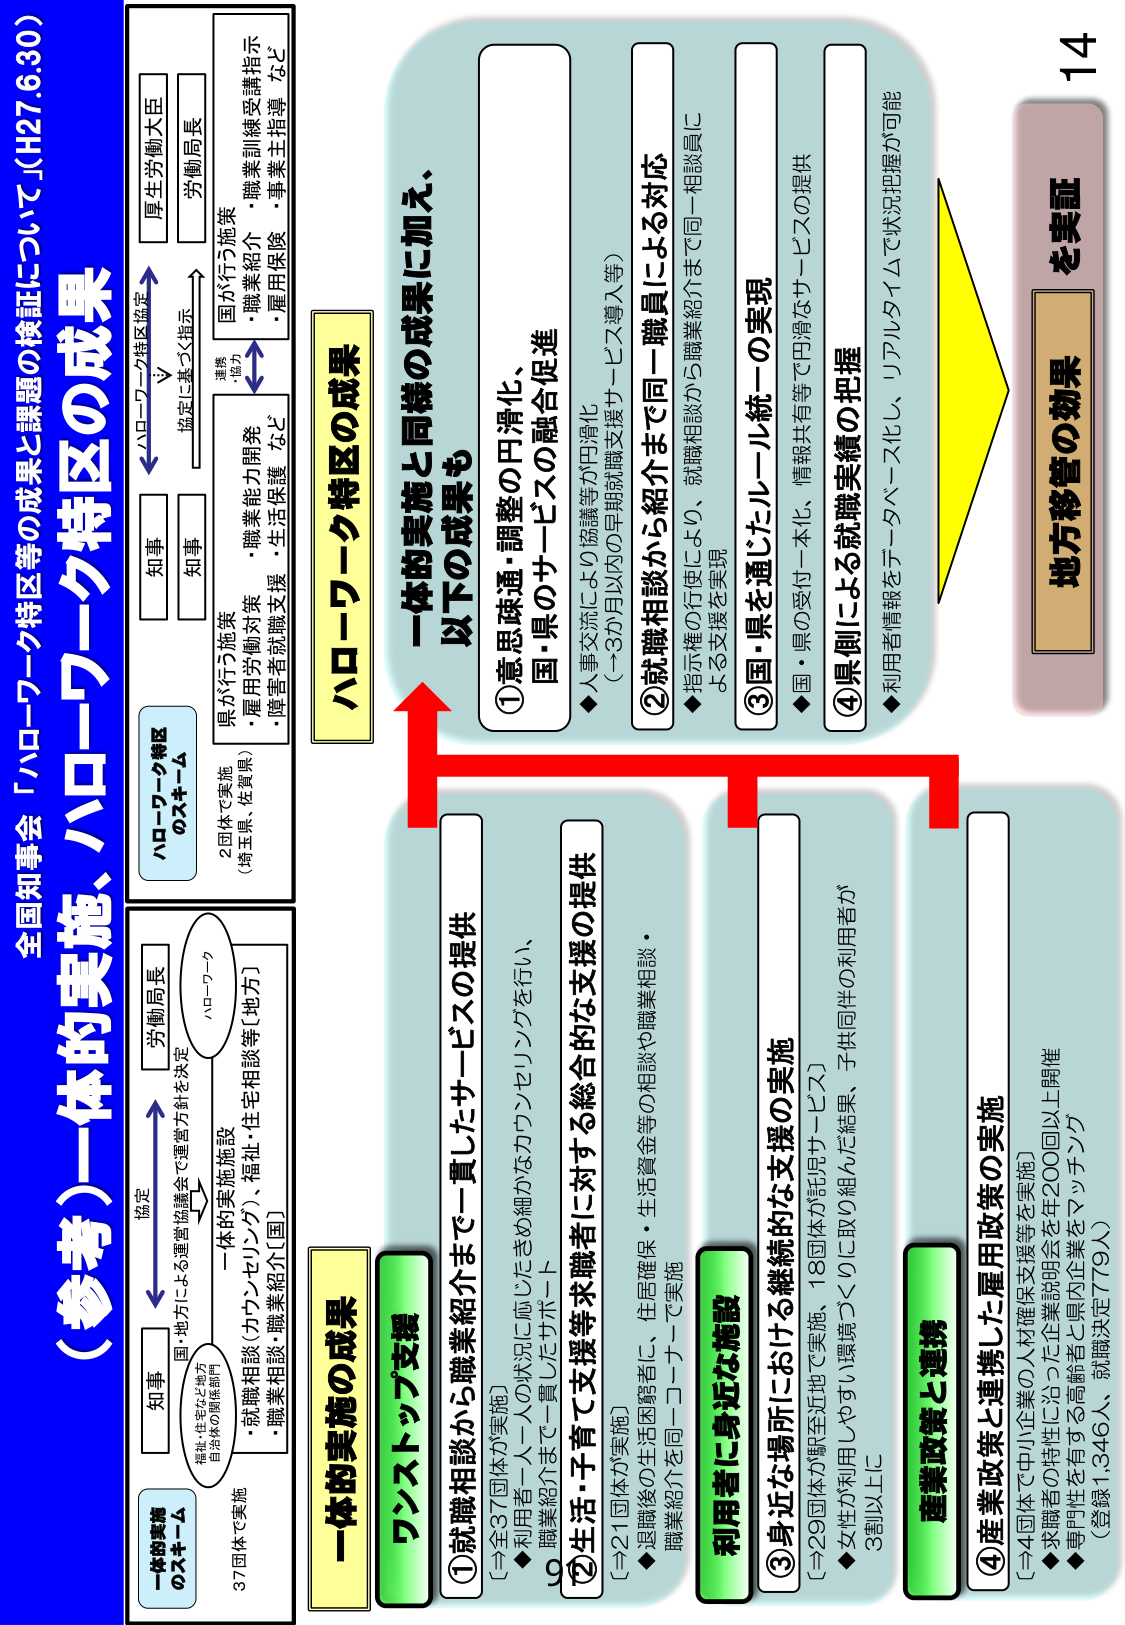
全国知事会「ハローワーク特区等の成果と課題の検証について」（H27.6.30）

（参考）一体的実施、ハローワーク特区の成果

一体的実施
のスキーム

37団体で実施
福祉・住宅など地方
自治体の関係部門

国・地方による運営協議会で運営方針を決定

知事
労働局長

ハローワーク

一体的実施施設
・就職相談（カウンセリング）、福祉・住宅相談等（地方）
・職業相談・職業紹介（国）

ハローワーク特区
のスキーム

2団体で実施
（埼玉県・佐賀県）

知事
知事

ハローワーク特区協定
協定に基づく指示

厚生労働大臣
労働局長

県が行う施策
・雇用労働対策・職業能力開発
・障害者就職支援・生活保護 など

国が行う施策
・職業紹介・職業訓練受講指示
・雇用保険・事業主指導 など

連携
・協力

一体的実施の成果

ワンストップ支援

①就職相談から職業紹介まで一貫したサービスの提供
〔→全37団体が実施〕
◆利用者一人一人の状況に応じたきめ細かなカウンセリングを行い、
職業紹介まで一貫したサポート

②生活・子育て支援等求職者に対する総合的な支援の提供
〔→21団体が実施〕
◆退職後の生活困窮者に、生活確保・住居確保・生活資金等の相談や職業相談・
職業紹介を同一コーナーで実施

利用者に身近な施設

③身近な場所における継続的な支援の実施
〔→29団体が駅至近地で実施、18団体が託児サービス〕
◆女性が利用しやすい環境づくりに取り組んだ結果、子供同伴の利用者が
3割以上に

産業政策と連携

④産業政策と連携した雇用政策の実施
〔→4団体で中小企業の人材確保支援等を実施〕
◆求職者の特性に沿った企業説明会を年200回以上開催
◆専門性を有する高齢者と県内企業をマッチング
（登録1,346人、就職決定779人）

ハローワーク特区の成果

一体的実施と同様の成果に加え、
以下の成果も

①意思疎通・調整の円滑化、
国・県のサービスの融合促進
◆人事交流により協議等が円滑化
（→3か月以内の早期就職支援サービス導入等）

②就職相談から紹介まで同一職員による対応
◆指示権の行使により、就職相談から職業紹介まで同一相談員に
よる支援を実現

③国・県を通じたルール統一の実現
◆国・県の受付一本化、情報共有等で円滑なサービスの提供

④県側による就職実績の把握
◆利用者情報をデータベース化し、リアルタイムで状況把握が可能

14

地方移管の効果
を実証